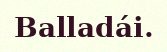
Balladái.